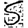
Digit: 5